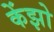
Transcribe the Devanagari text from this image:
केंझो